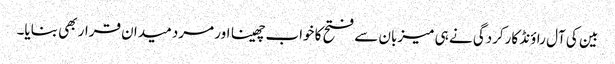
بین کی آل راؤنڈ کارکردگی نے ہی میزبان سے فتح کا خواب چھینا اور مرد میدان قرار بھی بنایا۔